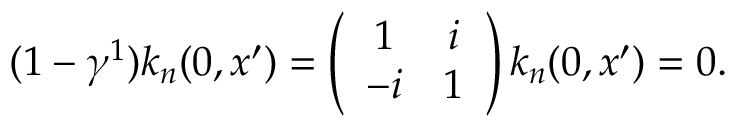
( 1 - \gamma ^ { 1 } ) k _ { n } ( 0 , x ^ { \prime } ) = \left( \begin{array} { c c } { { 1 } } & { { i } } \\ { { - i } } & { { 1 } } \end{array} \right) k _ { n } ( 0 , x ^ { \prime } ) = 0 .